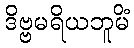
ဒိဗ္ဗမရိယဘူမိံ